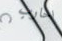
احارب